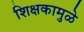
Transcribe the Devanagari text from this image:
शिक्षकामुळे